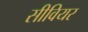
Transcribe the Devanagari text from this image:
सीवियर